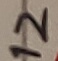
Text: 12